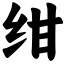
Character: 绀